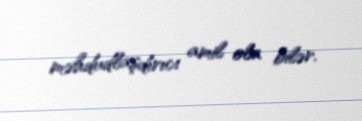
məhdudlaşdırıcı amil ola bilər.